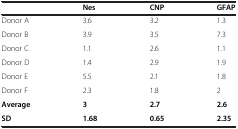
|  | Nes | CNP | GFAP |
 | --- | --- | --- | --- |
 | Donor A | 3.6 | 3.2 | 1.3 |
 | Donor B | 3.9 | 3.5 | 7.3 |
 | Donor C | 1.1 | 2.6 | 1.1 |
 | Donor D | 1.4 | 2.9 | 1.9 |
 | Donor E | 5.5 | 2.1 | 1.8 |
 | Donor F | 2.3 | 1.8 | 2 |
 | Average | 3 | 2.7 | 2.6 |
 | SD | 1.68 | 0.65 | 2.35 |